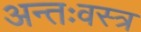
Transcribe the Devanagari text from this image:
अन्तःवस्त्र